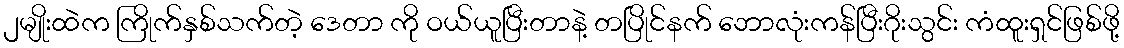
၂မျိုးထဲက ကြိုက်နှစ်သက်တဲ့ ဒေတာ ကို ဝယ်ယူပြီးတာနဲ့ တပြိုင်နက် ဘောလုံးကန်ပြီးဂိုးသွင်း ကံထူးရှင်ဖြစ်ဖို့